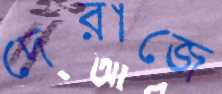
দেরাজে